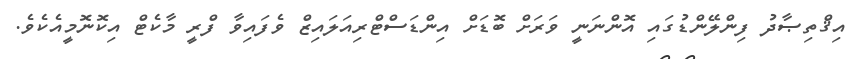
އިޤްތިޞާދު ފިންލޭންޑުގައި އޮންނަނީ ވަރަށް ބޮޑަށް އިންޑަސްޓްރިއަލައިޒް ވެފައިވާ ފްރީ މާކެޓް އިކޮނޮމީއެކެވެ.